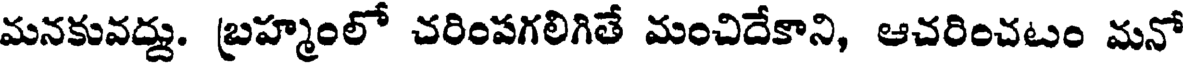
మనకువద్దు. బ్రహ్మంలో చరింపగలిగితే మంచిదేకాని, ఆచరించటం మనో